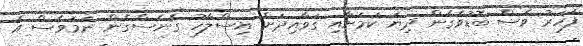
ފަހަރު ވެސް ބޮޑުވެގެން ދިޔަ ކަމަށާއި ގަވާއިދަށް އިސްލާހު ގެނެސްގެން ނަމަވެސް އެ